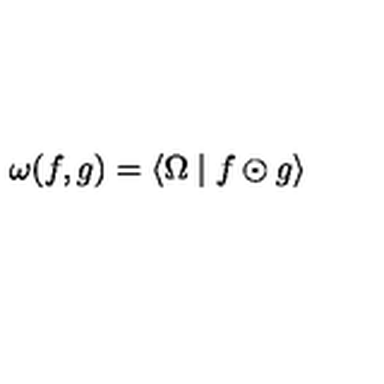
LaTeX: \omega ( f , g ) = \left\langle \Omega \mid f \odot g \right\rangle